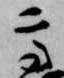
高